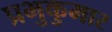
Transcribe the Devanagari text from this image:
प्रभुकुमार